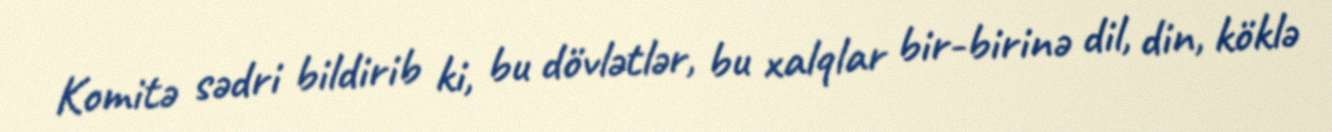
Komitə sədri bildirib ki, bu dövlətlər, bu xalqlar bir-birinə dil, din, köklə